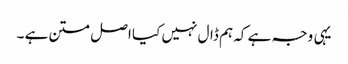
یہی وجہ ہے کہ ہم ڈال نہیں کیا اصل متن ہے ۔